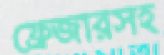
ফ্রেজারসহ